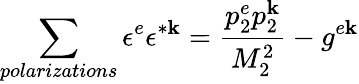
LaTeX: \sum_{polarizations}\epsilon^{e}\epsilon^{*\mathbf{k}}=\frac{{p_{2}^{e}p_{2}^{\mathbf{k}}}}{{M_{2}^{2}}}-g^{e\mathbf{k}}